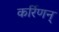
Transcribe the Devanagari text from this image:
कर्रिणन्